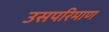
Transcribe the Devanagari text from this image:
उसपरिमाण